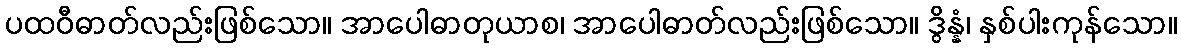
ပထဝီဓာတ်လည်းဖြစ်သော။ အာပေါဓာတုယာစ၊ အာပေါဓာတ်လည်းဖြစ်သော။ ဒွိန္နံ၊ နှစ်ပါးကုန်သော။